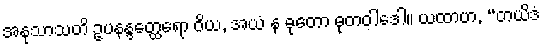
အနုသာသတိ ဥပနန္ဒတ္ထေရော ဝိယ, အယံ န ဓုတော ဓုတဝါဒေါ။ ယထာဟ, “တယိဒံ